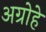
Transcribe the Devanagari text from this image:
अग्रोहे